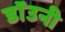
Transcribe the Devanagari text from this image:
डाॅउनी